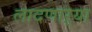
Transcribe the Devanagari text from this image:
लादणाऱ्या